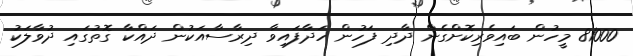
81000 މީހުން ބައިވެރިކޮށްގެން ދާދި ފަހުން ހަދާފައިވާ ދިރާސާއަކުން ދައްކާ ގޮތުގައި ދުވާލަކު